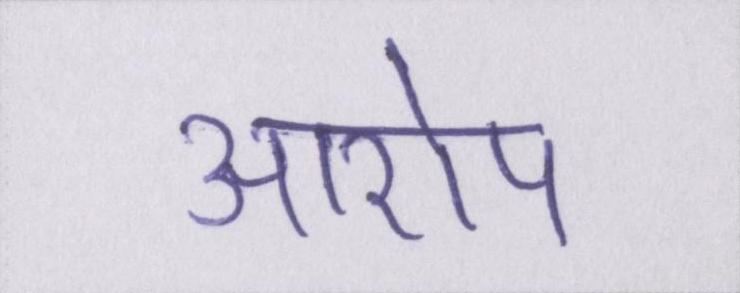
आरोप